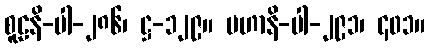
စူဠနိ-ပါ-၂၈၆၊ ဋ္ဌ-၁၂၉။ မဟာနိ-ပါ-၂၉၁၊ ၄၀၁။